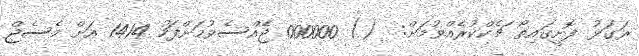
ރަގަޅު ފޮށީގައިތޯ ޗެކްކުރެއްވުމަށް:  () 000000 ޖެެއްސެވުމަށްފަހު 1414 އަށް މެސެޖް